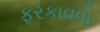
ફરકાવવો